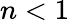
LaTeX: n<1